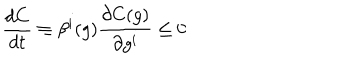
\frac { d C } { d t } \equiv \beta ^ { i } ( g ) \frac { \partial C ( g ) } { \partial g ^ { i } } \leq 0